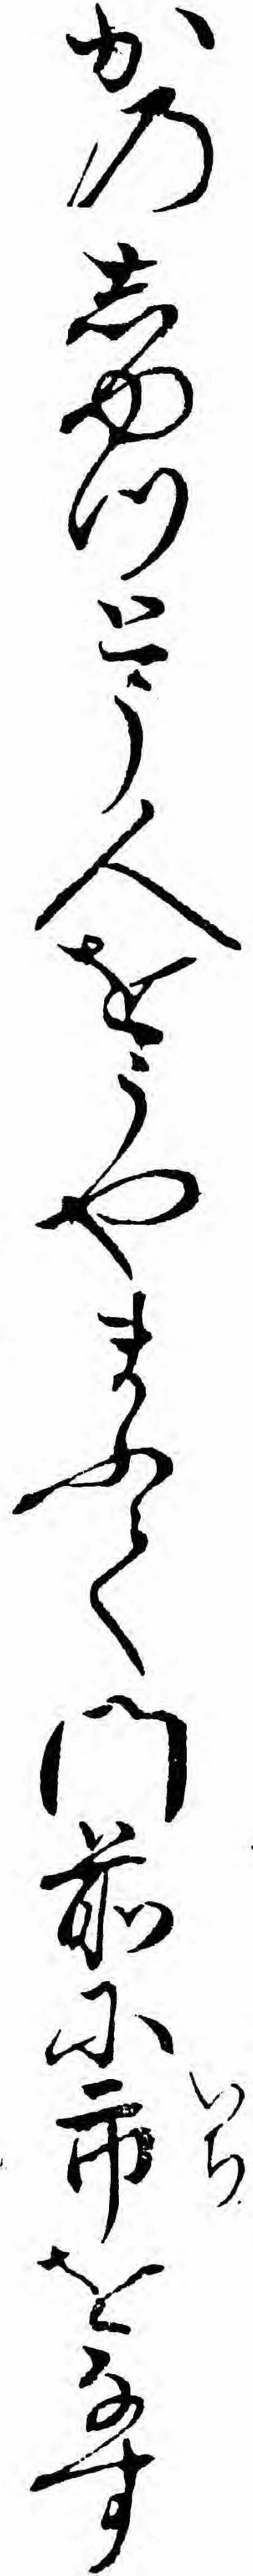
かのしゆつとう人をうやまふて門前に市をなす